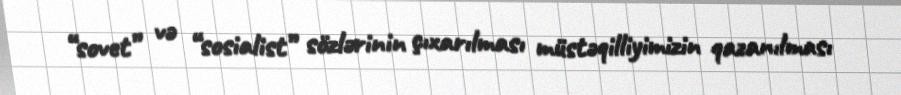
“sovet” və “sosialist” sözlərinin çıxarılması müstəqilliyimizin qazanılması